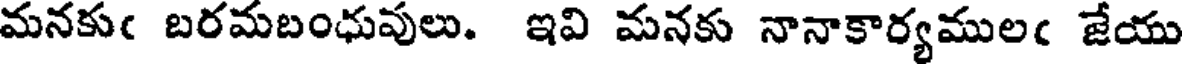
మనకుఁ బరమబంధువులు. ఇవి మనకు నానాకార్యములఁ జేయు